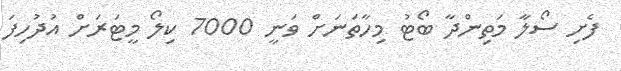
ފެށި ސޯލާ މަތިންދާ ބޯޓު މިހާތަނަށް ވަނީ 7000 ކިލޯ މީޓަރަށް އުދުހިފަ